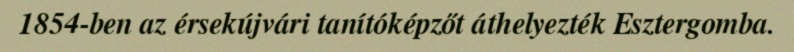
1854-ben az érsekújvári tanítóképzőt áthelyezték Esztergomba.